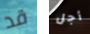
قد أجل